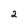
Character: 2